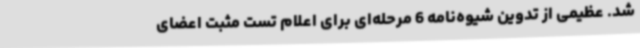
شد. عظیمی از تدوین شیوه‌نامه 6 مرحله‌ای برای اعلام تست مثبت اعضای